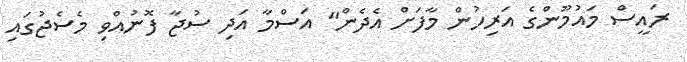
ރައީސް މައުމޫންގެ އަރިހުން މާފަށް އެދެން" އަސްމާ އަދި ސުޖާ ފޮނުއްވި މެސެޖުގައި